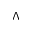
\boldsymbol { \Lambda }